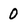
Character: 0